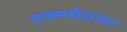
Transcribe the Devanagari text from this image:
एक्सचेंजांवर